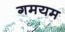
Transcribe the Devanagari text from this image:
गमयम